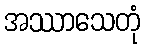
အဿာသေတုံ